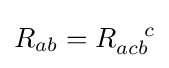
R_{ab}=R_{acb}^{\ \ \ c}